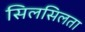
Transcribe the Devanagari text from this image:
सिलसिलता